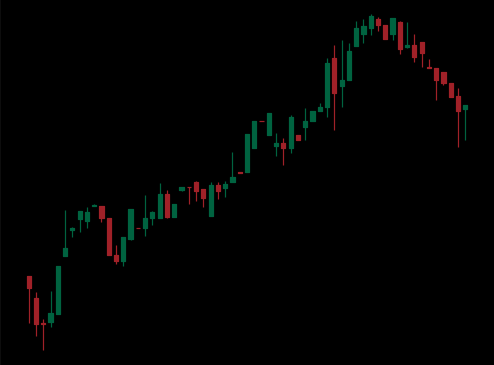
Pattern: bear_flag